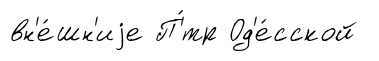
вн'е́шн'иjе П'́тр Од'е́сской